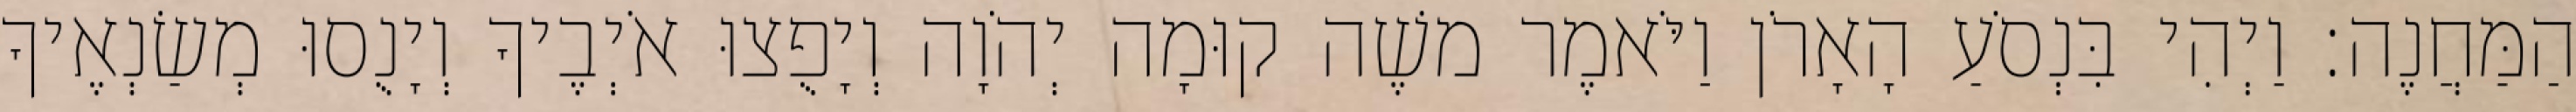
הַמַּחֲנֶה׃ וַיְהִי בִּנְסֹעַ הָאָרֹן וַיֹּאמֶר משֶׁה קוּמָה יְהֹוָה וְיָפֻצוּ אֹיְבֶיךָ וְיָנֻסוּ מְשַׂנְאֶיךָ